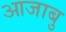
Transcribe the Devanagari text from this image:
आजाबु